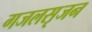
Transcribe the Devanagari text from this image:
गजलसृजन